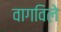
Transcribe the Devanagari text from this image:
वागविले